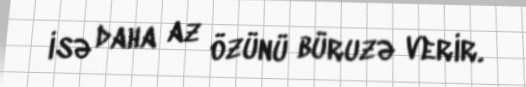
isə daha az özünü büruzə verir.